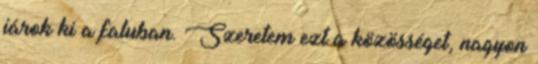
járok ki a faluban. Szeretem ezt a közösséget, nagyon